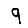
Digit: 9